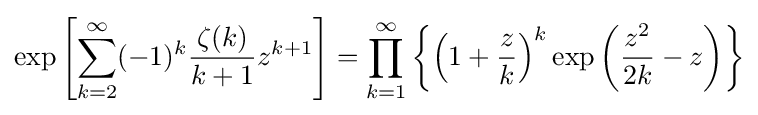
\exp \left[\sum _{k=2}^{\infty }(-1)^{k}{\frac {\zeta (k)}{k+1}}z^{k+1}\right]=\prod _{k=1}^{\infty }\left\{\left(1+{\frac {z}{k}}\right)^{k}\exp \left({\frac {z^{2}}{2k}}-z\right)\right\}